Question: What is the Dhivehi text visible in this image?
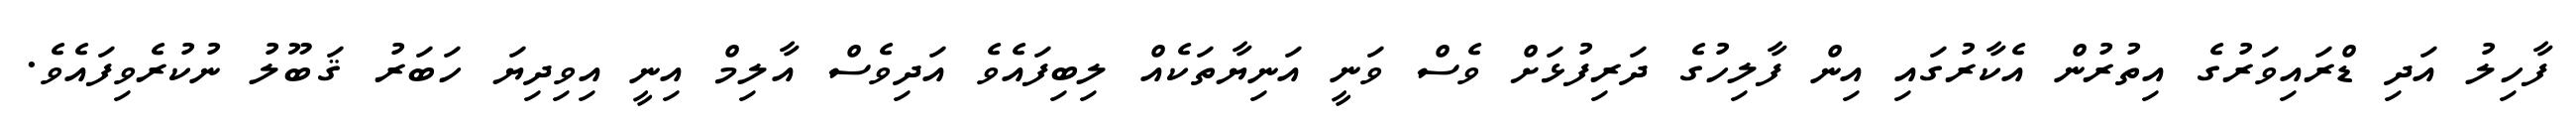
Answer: ފާހިލު އަދި ޑްރައިވަރުގެ އިތުރުން އެކާރުގައި އިން ފާލިހުގެ ދަރިފުޅަށް ވެސް ވަނީ އަނިޔާތަކެއް ލިބިފައެވެ އަދިވެސް އާލިމް އިނީ އިވިދިޔަ ހަބަރު ޤަބޫލު ނުކުރެވިފައެވެ.